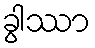
ခွါဿာ